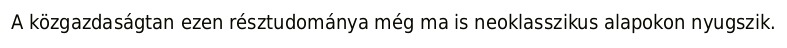
A közgazdaságtan ezen résztudománya még ma is neoklasszikus alapokon nyugszik.